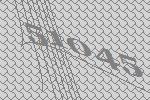
51045